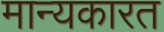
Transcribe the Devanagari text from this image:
मान्यकारत